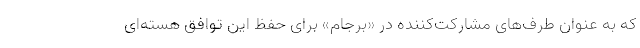
که به عنوان طرف‌های مشارکت‌کننده در «برجام» برای حفظ این توافق هسته‌ای